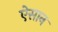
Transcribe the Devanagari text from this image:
ऐसान